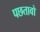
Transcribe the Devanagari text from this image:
पछतावो